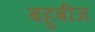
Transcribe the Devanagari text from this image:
बहुबीज